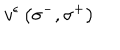
{ v } ^ { \epsilon } \left( { \sigma } ^ { - } , { \sigma } ^ { + } \right)